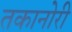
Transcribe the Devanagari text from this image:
तकानोरी